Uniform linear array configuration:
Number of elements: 32
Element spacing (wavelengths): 1
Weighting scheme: binomial
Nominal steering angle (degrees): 45
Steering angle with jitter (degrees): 43.407
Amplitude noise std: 0.05
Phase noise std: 0.05

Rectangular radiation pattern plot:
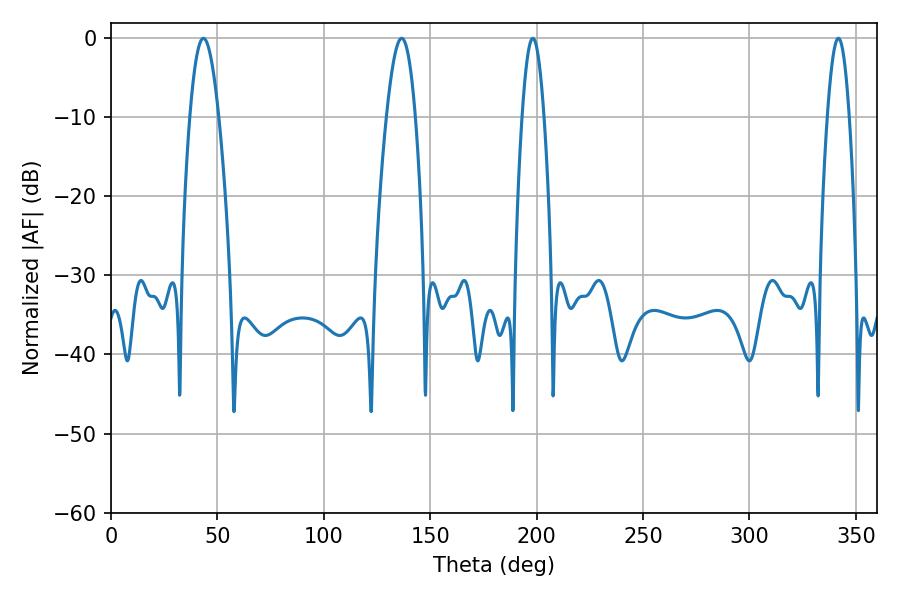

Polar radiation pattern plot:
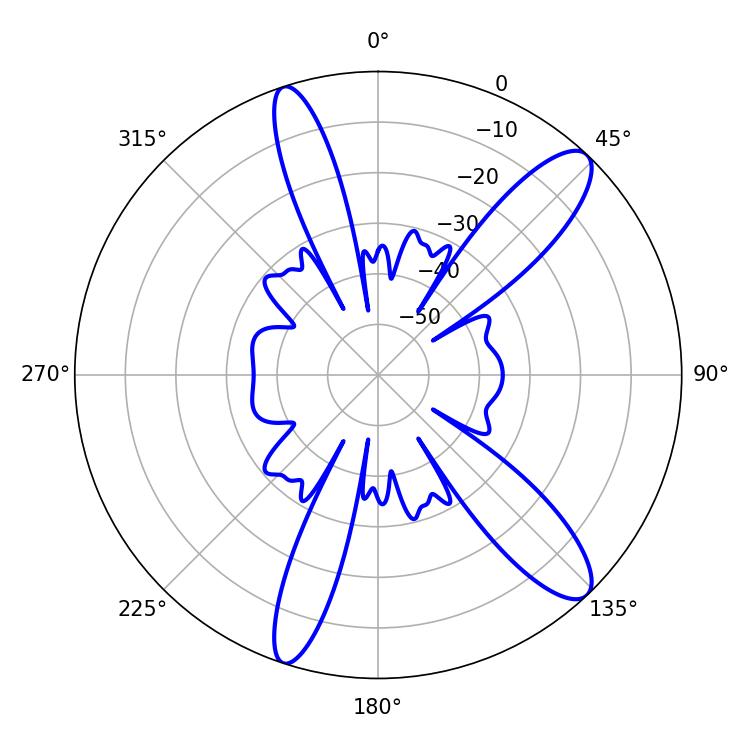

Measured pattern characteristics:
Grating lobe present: TRUE
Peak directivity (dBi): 12.022
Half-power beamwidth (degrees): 7.2
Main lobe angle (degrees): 43.38